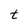
Character: t